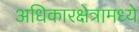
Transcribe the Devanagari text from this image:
अधिकारक्षेत्रामध्ये